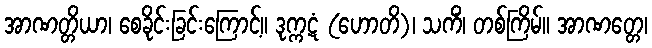
အာဏတ္တိယာ၊ စေခိုင်းခြင်းကြောင့်။ ဒုက္ကဋံ (ဟောတိ)၊ သကိံ၊ တစ်ကြိမ်။ အာဏတ္တေ၊